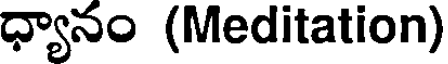
ధ్యానం (Meditation)